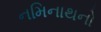
નમિનાથનો